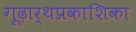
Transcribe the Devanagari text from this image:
गूढ़ार्थप्रकाशिका